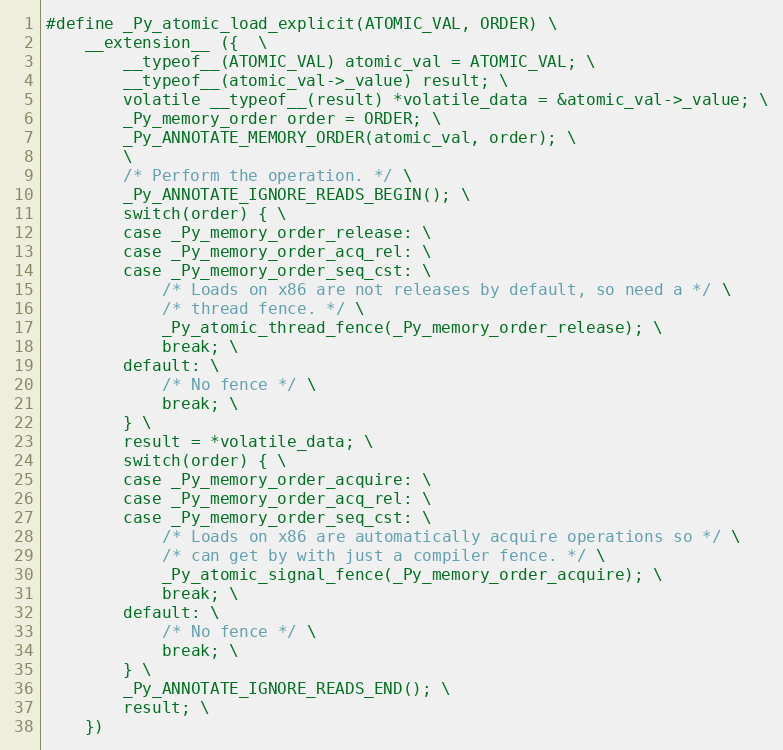
Language: C
#define _Py_atomic_load_explicit(ATOMIC_VAL, ORDER) \
    __extension__ ({  \
        __typeof__(ATOMIC_VAL) atomic_val = ATOMIC_VAL; \
        __typeof__(atomic_val->_value) result; \
        volatile __typeof__(result) *volatile_data = &atomic_val->_value; \
        _Py_memory_order order = ORDER; \
        _Py_ANNOTATE_MEMORY_ORDER(atomic_val, order); \
        \
        /* Perform the operation. */ \
        _Py_ANNOTATE_IGNORE_READS_BEGIN(); \
        switch(order) { \
        case _Py_memory_order_release: \
        case _Py_memory_order_acq_rel: \
        case _Py_memory_order_seq_cst: \
            /* Loads on x86 are not releases by default, so need a */ \
            /* thread fence. */ \
            _Py_atomic_thread_fence(_Py_memory_order_release); \
            break; \
        default: \
            /* No fence */ \
            break; \
        } \
        result = *volatile_data; \
        switch(order) { \
        case _Py_memory_order_acquire: \
        case _Py_memory_order_acq_rel: \
        case _Py_memory_order_seq_cst: \
            /* Loads on x86 are automatically acquire operations so */ \
            /* can get by with just a compiler fence. */ \
            _Py_atomic_signal_fence(_Py_memory_order_acquire); \
            break; \
        default: \
            /* No fence */ \
            break; \
        } \
        _Py_ANNOTATE_IGNORE_READS_END(); \
        result; \
    })